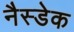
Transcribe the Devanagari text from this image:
नैस्डेक